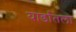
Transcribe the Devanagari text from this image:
यार्डातला